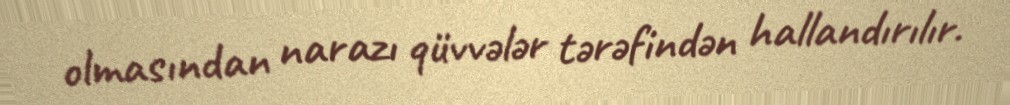
olmasından narazı qüvvələr tərəfindən hallandırılır.